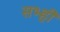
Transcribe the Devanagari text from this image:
सभ्ही